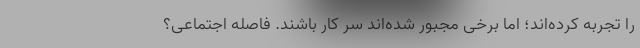
را تجربه کرده‌اند؛ اما برخی مجبور شده‌اند سر کار باشند. فاصله اجتماعی؟